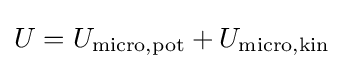
U=U_{\text{micro,pot}}+U_{\text{micro,kin}}